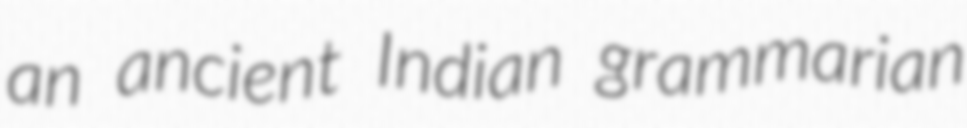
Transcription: an ancient Indian grammarian